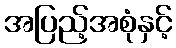
အပြည့်အစုံနှင့်